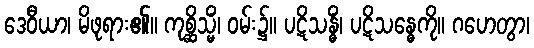
ဒေဝီယာ၊ မိဖုရား၏။ ကုစ္ဆိသ္မိံ၊ ဝမ်း၌။ ပဋိသန္ဓိံ၊ ပဋိသန္ဓေကို။ ဂဟေတွာ၊